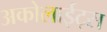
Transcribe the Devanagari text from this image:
अकोलाईट्स